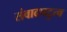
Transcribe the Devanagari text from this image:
संवादपटुत्व